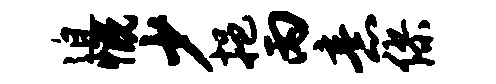
迫慨少挹丙意缪